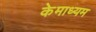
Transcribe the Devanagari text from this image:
केमाध्यम